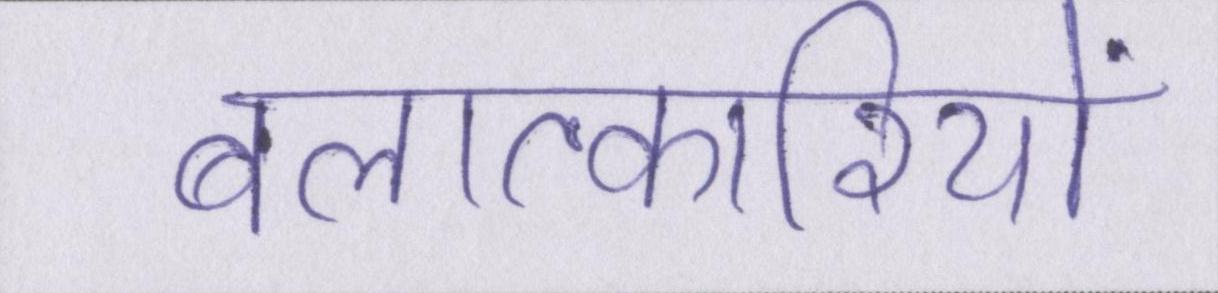
बलात्कारियों